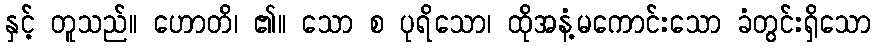
နှင့် တူသည်။ ဟောတိ၊ ၏။ သော စ ပုရိသော၊ ထိုအနံ့မကောင်းသော ခံတွင်းရှိသော